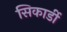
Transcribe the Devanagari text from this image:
सिकार्डी